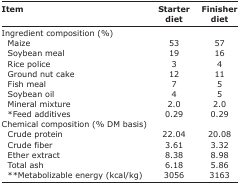
<table><thead><tr><td><b>Item</b></td><td><b>Starter diet</b></td><td><b>Finisher diet</b></td></tr></thead><tbody><tr><td>Ingredient composition (%)</td><td></td><td></td></tr><tr><td> Maize</td><td>53</td><td>57</td></tr><tr><td> Soybean meal</td><td>19</td><td>16</td></tr><tr><td> Rice police</td><td>3</td><td>4</td></tr><tr><td> Ground nut cake</td><td>12</td><td>11</td></tr><tr><td> Fish meal</td><td>7</td><td>5</td></tr><tr><td> Soybean oil</td><td>4</td><td>5</td></tr><tr><td> Mineral mixture</td><td>2.0</td><td>2.0</td></tr><tr><td> *Feed additives</td><td>0.29</td><td>0.29</td></tr><tr><td>Chemical composition (% DM basis)</td><td></td><td></td></tr><tr><td> Crude protein</td><td>22.04</td><td>20.08</td></tr><tr><td> Crude fiber</td><td>3.61</td><td>3.32</td></tr><tr><td> Ether extract</td><td>8.38</td><td>8.98</td></tr><tr><td> Total ash</td><td>6.18</td><td>5.86</td></tr><tr><td> **Metabolizable energy (kcal/kg)</td><td>3056</td><td>3163</td></tr></tbody></table>